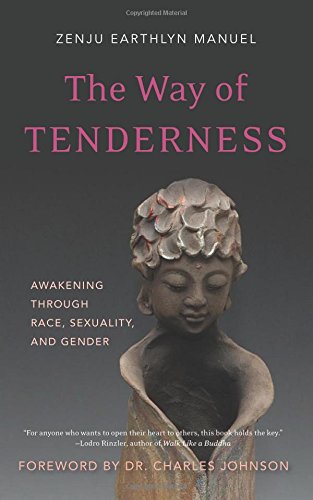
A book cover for The Way of Tenderness: Awakening through Race, Sexuality, and Gender; Zenju Earthlyn Manuel; Religion & Spirituality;